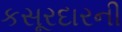
કસૂરદારની